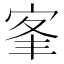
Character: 𡨛